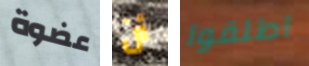
عضوة أن اطلقوا